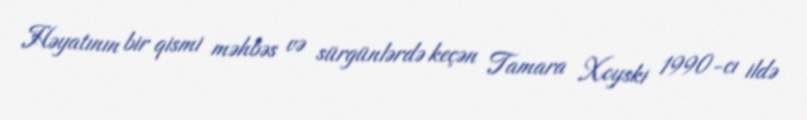
Həyatının bir qismi məhbəs və sürgünlərdə keçən Tamara Xoyski 1990-cı ildə